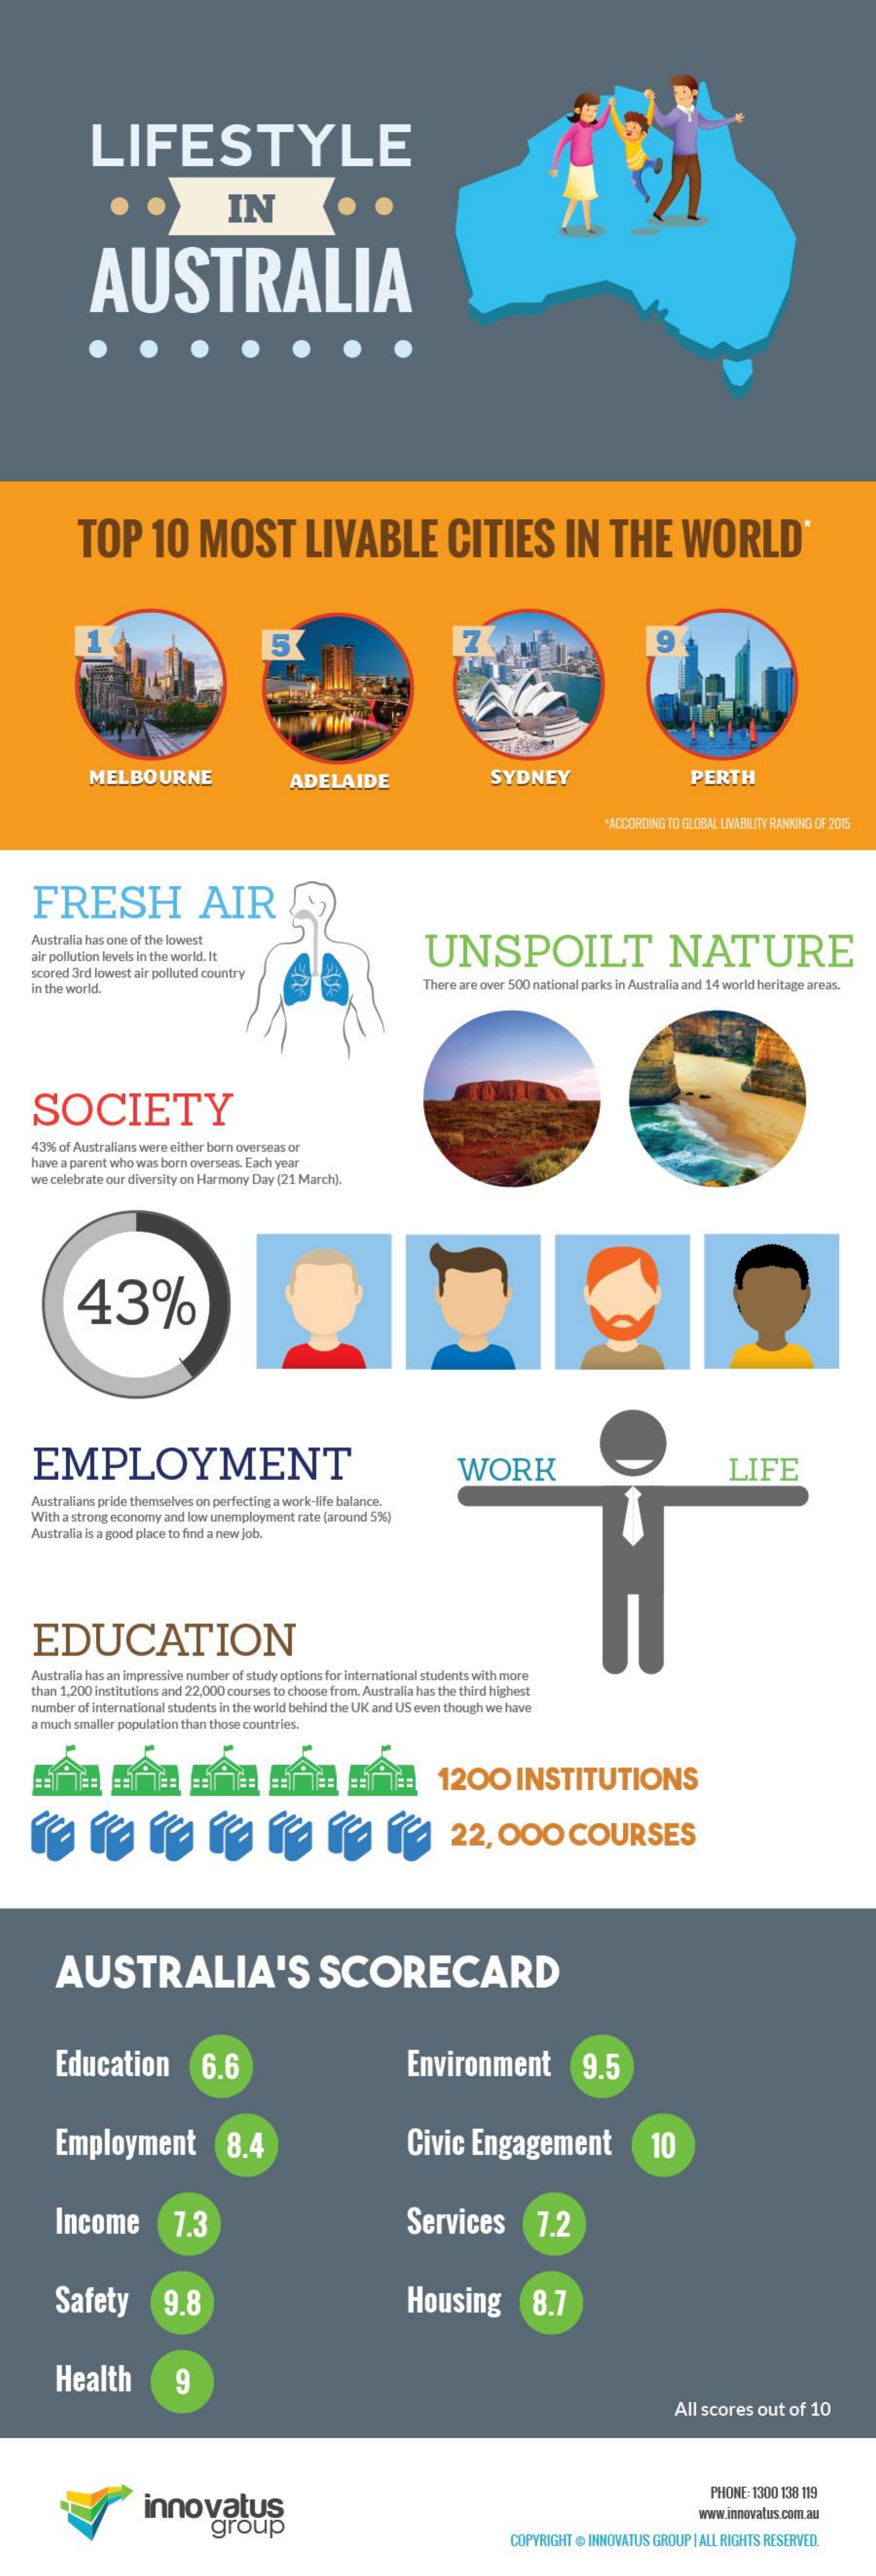
LIFESTYLE
     IN
     AUSTRALIA
     TOP    10    MOST    LIVABLE    CITIES    IN    THE    WORLD'
     5    7
     MELBOURNE    ADELAIDE    SYDNEY    PERTH
     ACCORDING TO GLOBAL LIVABILITY RANKING OF 2015
     FRESH    AIR
     Australia has one of the lowest
     UNSPOILT    NATURE air pollution levels in the world. It
     scored 3rd lowest air polluted country
     in the world.    There are over 500 national parks in Australia and 14 world heritage areas.
     SOCIETY
     43% of Australians were either born overseas or
     have a parent who was born overseas. Each year
     we celebrate our diversity on Harmony Day (21 March).
     43%
     EMPLOYMENT    WORK    LIFE
     Australians pride themselves on perfecting a work-life balance.
     With a strong economy and low unemployment rate (around 5%)
     Australia is a good place to find a new job.
     EDUCATION
     Australia has an impressive number of study options for international students with more
     than 1,200 institutions and 22,000 courses to choose from Australia has the third highest
     number of international students in the world behind the UK and US even though we have
     a much smaller population than those countries.
     1200    INSTITUTIONS
     re    ve    va    a   (    (    (    22,    000    COURSES
     AUSTRALIA'S    SCORECARD
     Education    6.6    Environment    9.5
     Employment    8.4    Civic    Engagement    10
     Income    7.3    Services    7.2
     Safety    9.8    Housing    8.7
     Health    9
     All scores  out  of  10
     innovatus
     PHONE: 1300 138 119
     group
     www.innovatus.com.au
     COPYRIGHT @ INNOVATUS GROUP | ALL RIGHTS RESERVED.